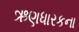
ઋણધારકના